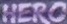
HERO